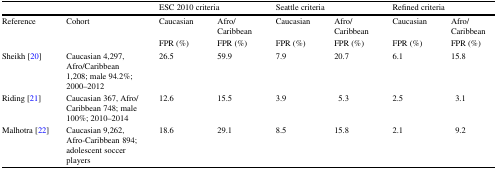
|  |  | <COLSPAN=2> ESC 2010 criteria | <COLSPAN=2> Seattle criteria | <COLSPAN=2> Refined criteria |
 | --- | --- | --- | --- | --- | --- | --- | --- |
 | Reference | Cohort | Caucasian | Afro/Caribbean | Caucasian | Afro/Caribbean | Caucasian | Afro/Caribbean |
 |  |  | FPR (%) | FPR (%) | FPR (%) | FPR (%) | FPR (%) | FPR (%) |
 | Sheikh [20] | Caucasian 4,297, Afro/Caribbean 1,208; male 94.2%; 2000–2012 | 26.5 | 59.9 | 7.9 | 20.7 | 6.1 | 15.8 |
 | Riding [21] | Caucasian 367, Afro/Caribbean 748; male 100%; 2010–2014 | 12.6 | 15.5 | 3.9 | 5.3 | 2.5 | 3.1 |
 | Malhotra [22] | Caucasian 9,262, Afro-Caribbean 894; adolescent soccer players | 18.6 | 29.1 | 8.5 | 15.8 | 2.1 | 9.2 |